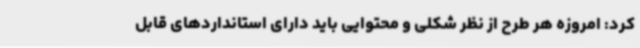
کرد: امروزه هر طرح از نظر شکلی و محتوایی باید دارای استانداردهای قابل